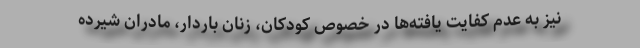
نیز به عدم کفایت یافته‌ها در خصوص کودکان، زنان باردار، مادران شیرده